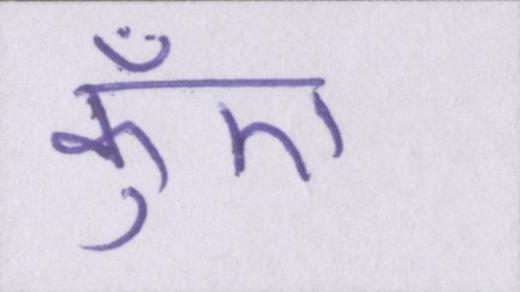
कुँए